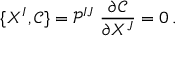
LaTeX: \{ X ^ { I } , \mathcal { C } \} = \mathcal { P } ^ { I J } \; \frac { \partial \mathcal { C } } { \partial X ^ { J } } = 0 \, .